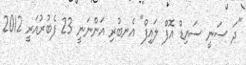
"ދަ ސަނީ ސައިޑް އޮފް ލައިފް" އެނބުރި އަންނަނީ 23 ފެބުރުއަރީ 2012